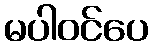
မပါဝင်ပေ